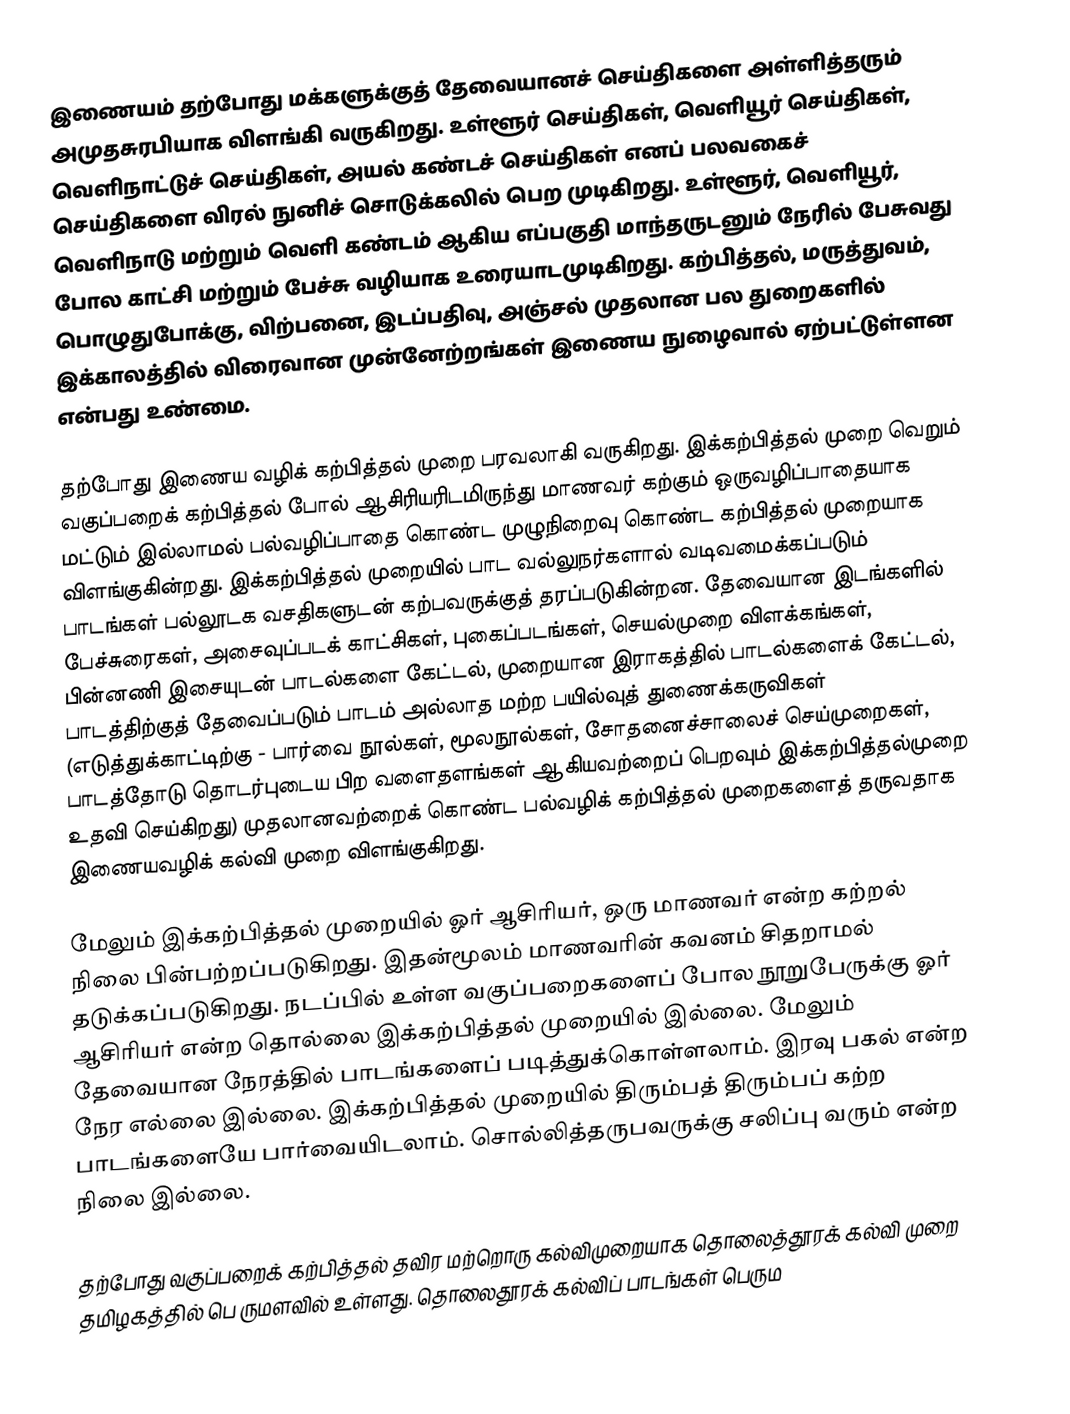
இணையம் தற்போது மக்களுக்குத் தேவையானச் செய்திகளை அள்ளித்தரும் அமுதசுரபியாக விளங்கி வருகிறது. உள்ளூர் செய்திகள், வெளியூர் செய்திகள், வெளிநாட்டுச் செய்திகள், அயல் கண்டச் செய்திகள் எனப் பலவகைச் செய்திகளை விரல் நுனிச் சொடுக்கலில் பெற முடிகிறது. உள்ளூர், வெளியூர், வெளிநாடு மற்றும்  வெளி கண்டம் ஆகிய எப்பகுதி மாந்தருடனும் நேரில் பேசுவது போல காட்சி மற்றும் பேச்சு வழியாக உரையாடமுடிகிறது. கற்பித்தல், மருத்துவம், பொழுதுபோக்கு, விற்பனை, இடப்பதிவு, அஞ்சல் முதலான பல துறைகளில் இக்காலத்தில் விரைவான முன்னேற்றங்கள் இணைய நுழைவால் ஏற்பட்டுள்ளன என்பது உண்மை.

தற்போது இணைய வழிக் கற்பித்தல் முறை பரவலாகி வருகிறது. இக்கற்பித்தல் முறை வெறும் வகுப்பறைக் கற்பித்தல் போல் ஆசிரியரிடமிருந்து மாணவர் கற்கும் ஒருவழிப்பாதையாக மட்டும் இல்லாமல் பல்வழிப்பாதை கொண்ட முழுநிறைவு கொண்ட கற்பித்தல் முறையாக விளங்குகின்றது. இக்கற்பித்தல் முறையில் பாட வல்லுநர்களால் வடிவமைக்கப்படும் பாடங்கள் பல்லூடக வசதிகளுடன் கற்பவருக்குத் தரப்படுகின்றன. தேவையான இடங்களில் பேச்சுரைகள், அசைவுப்படக் காட்சிகள், புகைப்படங்கள், செயல்முறை விளக்கங்கள், பின்னணி இசையுடன் பாடல்களை கேட்டல், முறையான இராகத்தில் பாடல்களைக் கேட்டல், பாடத்திற்குத் தேவைப்படும் பாடம் அல்லாத மற்ற பயில்வுத் துணைக்கருவிகள் (எடுத்துக்காட்டிற்கு - பார்வை நூல்கள், மூலநூல்கள், சோதனைச்சாலைச் செய்முறைகள், பாடத்தோடு தொடர்புடைய பிற வளைதளங்கள் ஆகியவற்றைப் பெறவும் இக்கற்பித்தல்முறை உதவி செய்கிறது) முதலானவற்றைக் கொண்ட பல்வழிக் கற்பித்தல் முறைகளைத் தருவதாக இணையவழிக் கல்வி முறை விளங்குகிறது.

மேலும் இக்கற்பித்தல் முறையில் ஓர் ஆசிரியர், ஒரு மாணவர் என்ற கற்றல் நிலை பின்பற்றப்படுகிறது. இதன்மூலம் மாணவரின் கவனம் சிதறாமல் தடுக்கப்படுகிறது. நடப்பில் உள்ள வகுப்பறைகளைப் போல நூறுபேருக்கு ஓர் ஆசிரியர் என்ற தொல்லை இக்கற்பித்தல் முறையில் இல்லை. மேலும் தேவையான நேரத்தில் பாடங்களைப் படித்துக்கொள்ளலாம். இரவு பகல் என்ற நேர எல்லை இல்லை. இக்கற்பித்தல் முறையில் திரும்பத் திரும்பப் கற்ற பாடங்களையே பார்வையிடலாம். சொல்லித்தருபவருக்கு சலிப்பு வரும் என்ற நிலை இல்லை.

தற்போது வகுப்பறைக் கற்பித்தல் தவிர மற்றொரு கல்விமுறையாக தொலைத்தூரக் கல்வி முறை தமிழகத்தில் பெ ருமளவில் உள்ளது. தொலைதூரக் கல்விப் பாடங்கள் பெரும